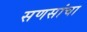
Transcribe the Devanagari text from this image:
सणसांचा